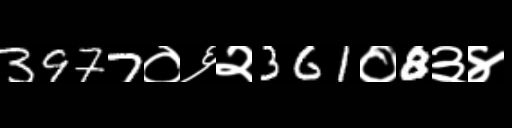
Text: 3977०६२361०8३४